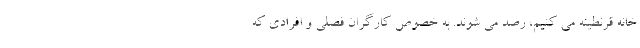
خانه قرنطینه می کنیم، رصد می شوند. به خصوص کارگران فصلی و افرادی که